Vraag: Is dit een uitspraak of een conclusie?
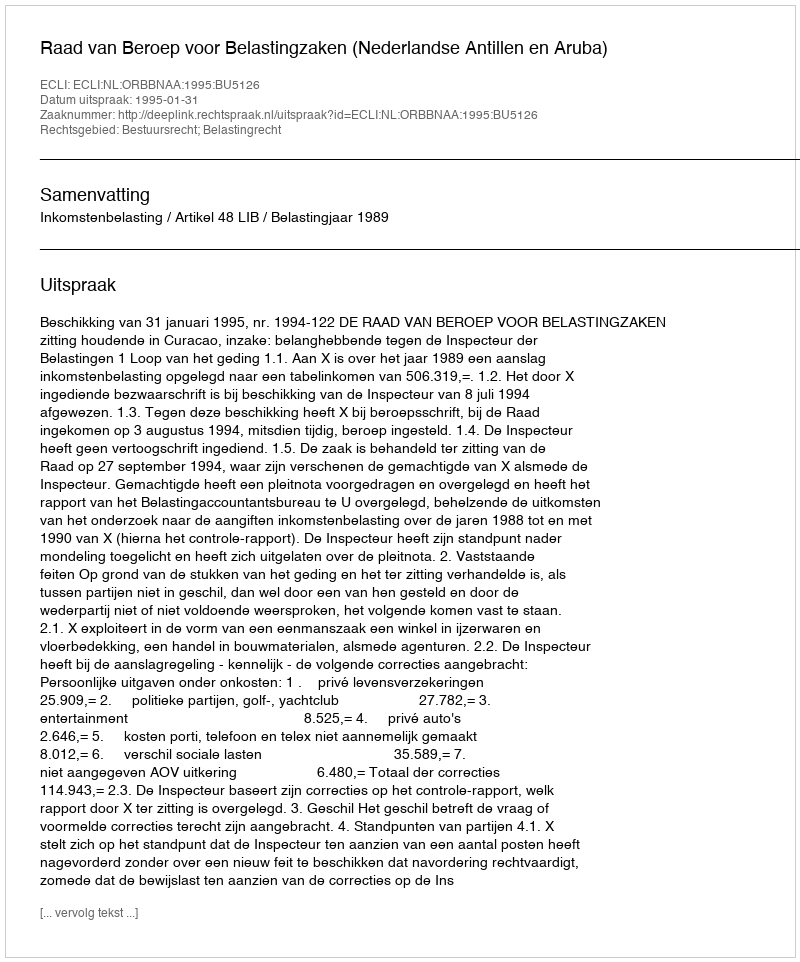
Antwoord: Uitspraak